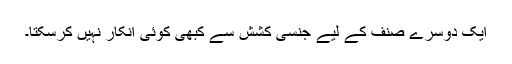
ایک دوسرے صنف کے لیے جنسی کشش سے کبھی کوئی انکار نہیں کرسکتا۔